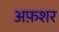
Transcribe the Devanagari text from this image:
अफ़शर